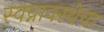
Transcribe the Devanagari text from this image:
स्वप्नावस्थेचा